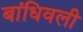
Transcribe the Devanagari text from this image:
बांधिवली